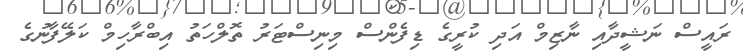
ރައީސް ނަޝީދާއި ނާޒިމް އަދި ކުރީގެ ޑިފެންސް މިނިސްޓަރު ތޮލްހަތު އިބްރާހިމް ކަލޭފާނުގެ